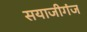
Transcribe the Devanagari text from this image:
सयाजीगंज